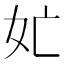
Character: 𭑬